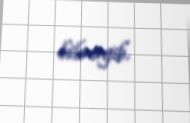
bilməyib.